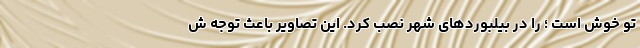
تو خوش است ؛ را در بیلبوردهای شهر نصب کرد. این تصاویر باعث توجه ش